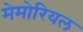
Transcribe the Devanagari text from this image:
मेमोरियल